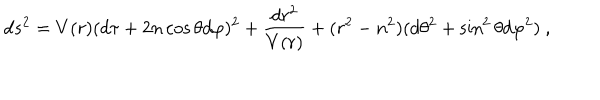
d s ^ { 2 } = V ( r ) ( d \tau + 2 n \cos \theta d \varphi ) ^ { 2 } + { \frac { d r ^ { 2 } } { V ( r ) } } + ( r ^ { 2 } - n ^ { 2 } ) ( d \theta ^ { 2 } + \sin ^ { 2 } \theta d \varphi ^ { 2 } ) \ ,